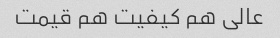
عالی هم کیفیت هم قیمت